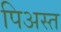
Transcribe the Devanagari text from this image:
पिअस्त